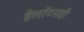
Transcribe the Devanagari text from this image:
हेलॉटसही